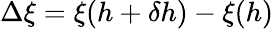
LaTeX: \Delta\xi=\xi(h+\delta h)-\xi(h)